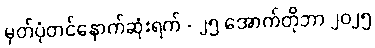
မှတ်ပုံတင်နောက်ဆုံးရက် - ၂၅ အောက်တိုဘာ ၂၀၂၅